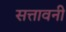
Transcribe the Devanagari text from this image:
सत्तावनी